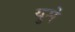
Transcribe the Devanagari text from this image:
युमे